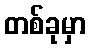
တစ်ခုမှာ